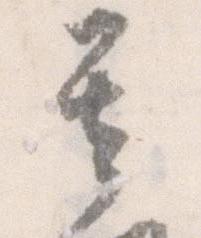
其